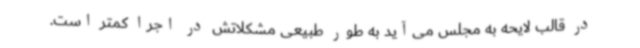
در قالب لایحه به مجلس می‌آید به طور طبیعی مشکلاتش در اجرا کمتر است.